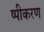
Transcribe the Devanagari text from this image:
ष्पीकरण